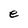
Character: e